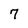
Character: 7